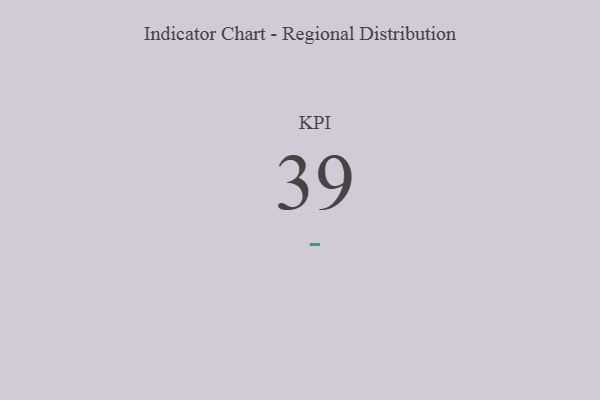
{"axis": {"x": "KPI", "y": "Value"}, "legend": [""], "data": [{"x": "KPI", "y": 39, "type": ""}]}